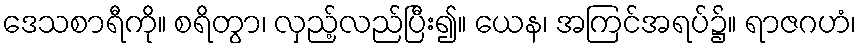
ဒေသစာရီကို။ စရိတွာ၊ လှည့်လည်ပြီး၍။ ယေန၊ အကြင်အရပ်၌။ ရာဇဂဟံ၊